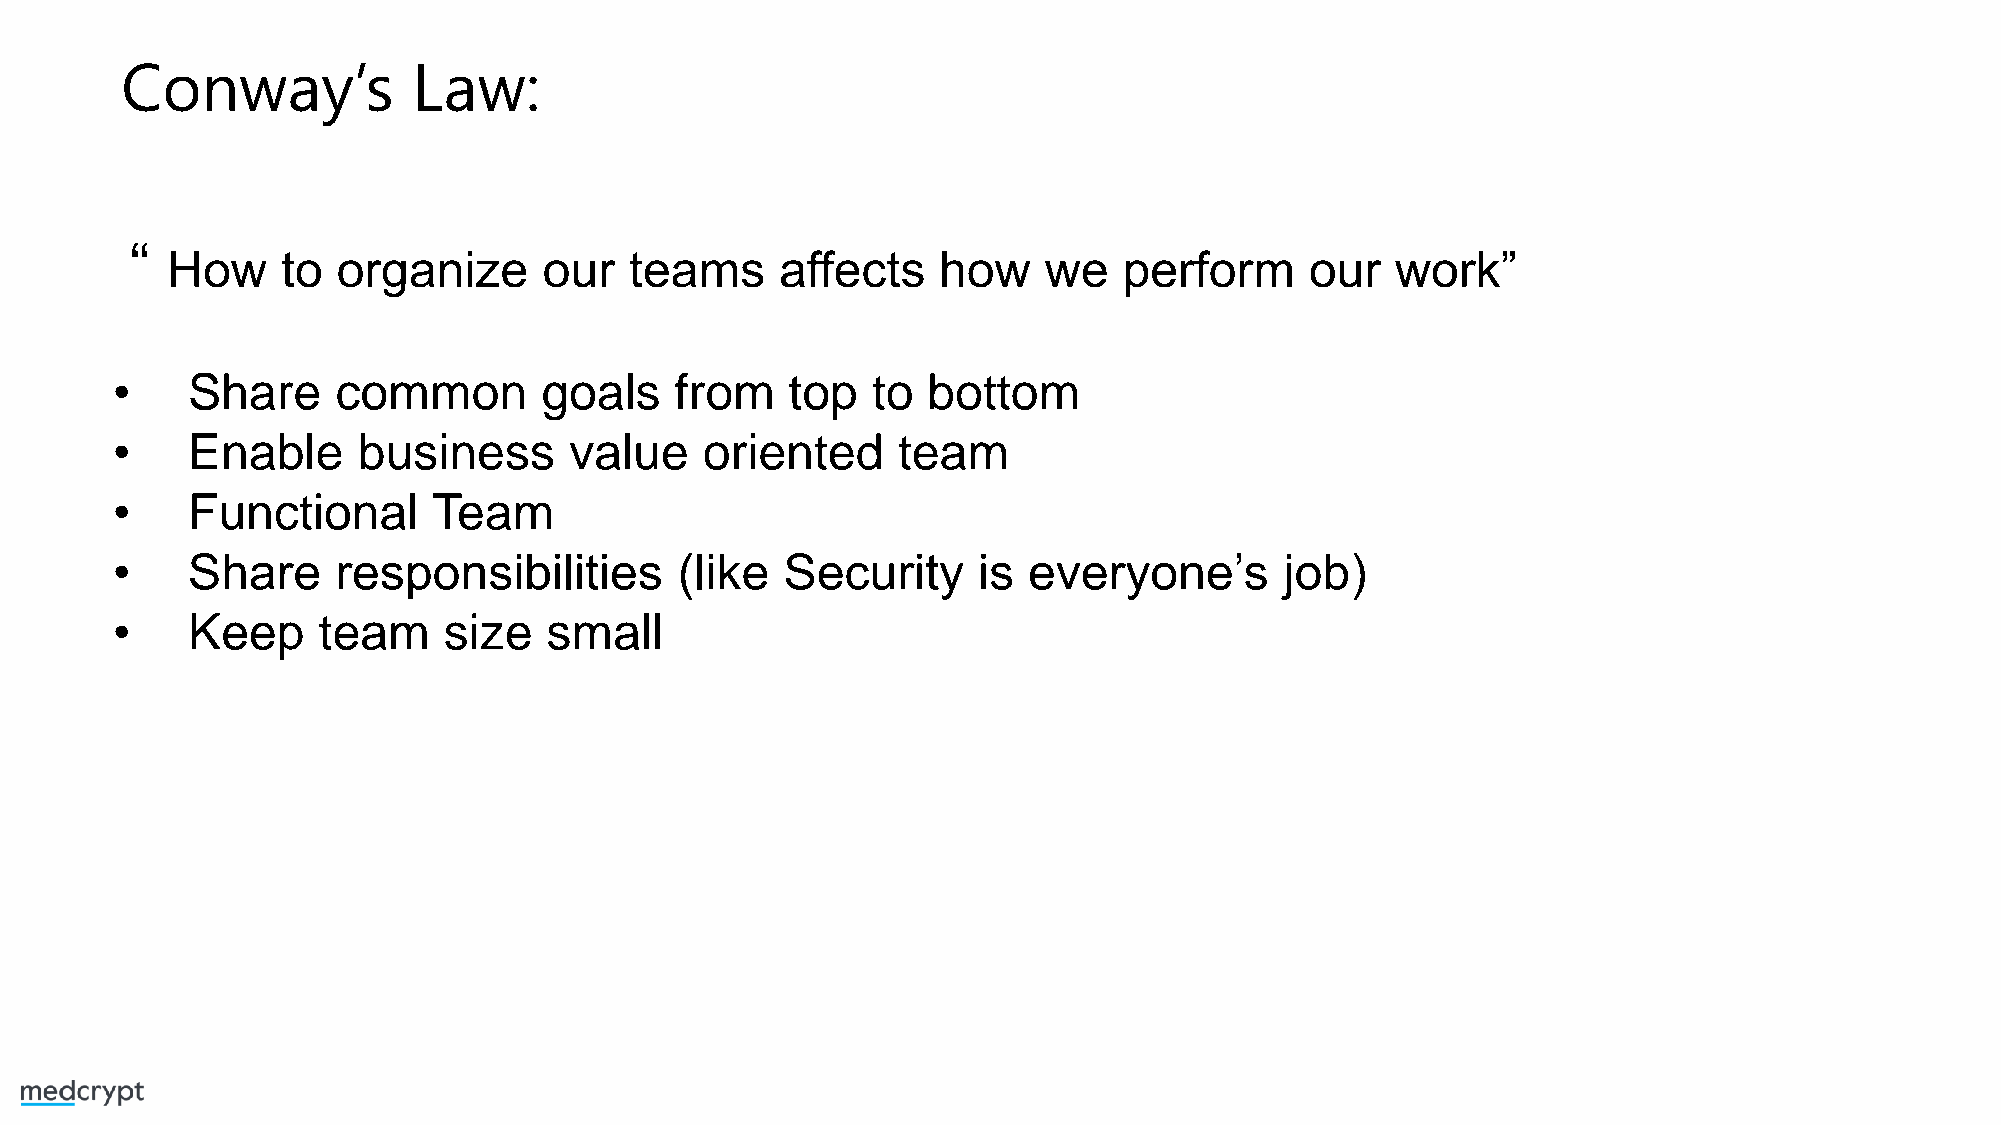
Conway’s           Law:
 “
 How     to organize      our   teams     affects   how    we   perform      our  work”
 •    Share     common        goals    from   top   to bottom
 •    Enable      business      value    oriented    team
 •    Functional       Team
 •    Share     responsibilities       (like  Security     is everyone’s       job)
 •    Keep     team    size   small